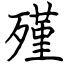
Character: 殣